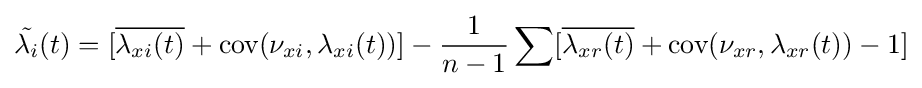
{\tilde {\lambda _{i}}}(t)=[{\overline {\lambda _{xi}(t)}}+{\mbox{cov}}(\nu _{xi},\lambda _{xi}(t))]-{\frac {1}{n-1}}\sum [{\overline {\lambda _{xr}(t)}}+{\mbox{cov}}(\nu _{xr},\lambda _{xr}(t))-1]